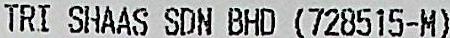
TRI SHAAS SDN BHD (728515-N)